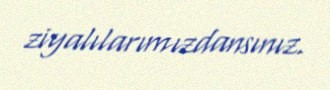
ziyalılarımızdansınız.